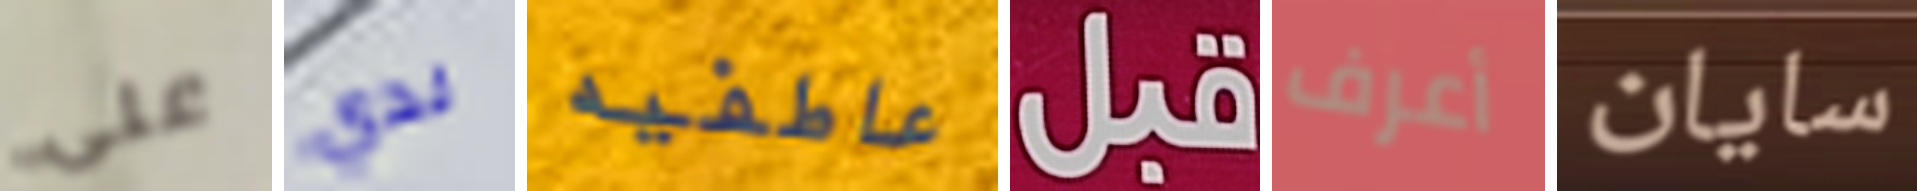
علي لدي عاطفيه قبل أعرف سايان